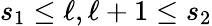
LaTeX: s_{1}\leq\ell,\ell+1\leq s_{2}